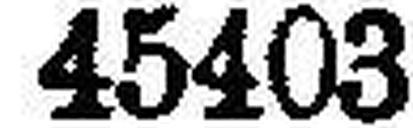
45403